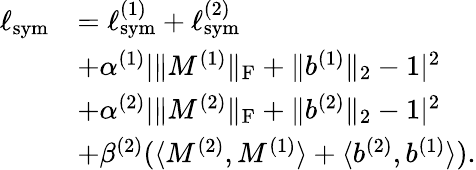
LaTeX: \begin{array}{rl}{\ell_{\mathrm{sym}}}&{=\ell_{\mathrm{sym}}^{(1)}+\ell_{\mathrm{sym}}^{(2)}}\\ &{+\alpha^{(1)}|\| M^{(1)}\| _{\mathrm{F}}+\| b^{(1)}\| _{2}-1|^{2}}\\ &{+\alpha^{(2)}|\| M^{(2)}\| _{\mathrm{F}}+\| b^{(2)}\| _{2}-1|^{2}}\\ &{+\beta^{(2)}(\langle M^{(2)},M^{(1)}\rangle+\langle b^{(2)},b^{(1)}\rangle).}\end{array}